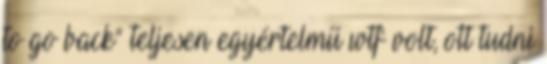
to go back” teljesen egyértelmű wtf volt, ott tudni